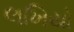
લખિયો